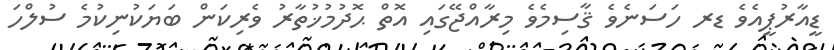
ޑީއާރުޕީއެވެ ޑރ ހަސަނެވެ ޤާސިމެވެ މިރާއްޖޭގައި އޮތް ޙޮދުމުޚުތާރު ވެރިކަން ބަޔަކުނިކުމެ ސުލްހަ